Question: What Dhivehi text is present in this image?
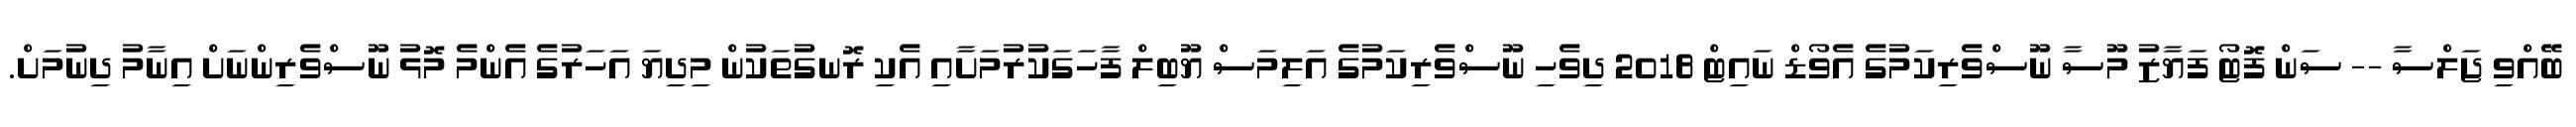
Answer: ބޭއްވި ޖަލްސާ -- ސަން ފޮޓޯ ފަޔާޒު މޫސާ ނޫސްވެރިކަމުގެ އެވޯޑް ނައިޓް 2018 ދިވެހި ނޫސްވެރިކަމުގެ އަލިމަސް ޔޫބިލް ފާހަގަކުރުމަށާއި އެކި ރޮނގުތަކުން މިދިޔަ އަހަރުގެ އެންމެ މޮޅު ނޫސްވެރިންނަށް އިނާމު ދިނުމަށް.